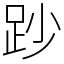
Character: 䟞